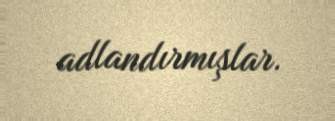
adlandırmışlar.